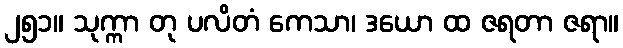
၂၅၁။ သုက္ကာ တု ပလိတံ ကေသာ၊ ဒယော ထ ဇရတာ ဇရာ။